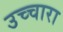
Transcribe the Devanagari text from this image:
उच्चारा